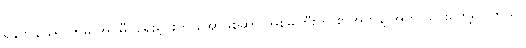
ရန်ကုန် ရောက်မှ အင်မီဂရေးရှင်းက အော်ဖစ်ဆာ အစ်မကြီးကို စာအိတ်နဲ့ အတူ သွားတွေ့ရပါတယ်။